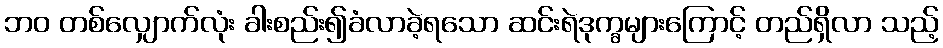
ဘဝ တစ်လျှောက်လုံး ခါးစည်း၍ခံလာခဲ့ရသော ဆင်းရဲဒုက္ခများကြောင့် တည်ရှိလာ သည့်